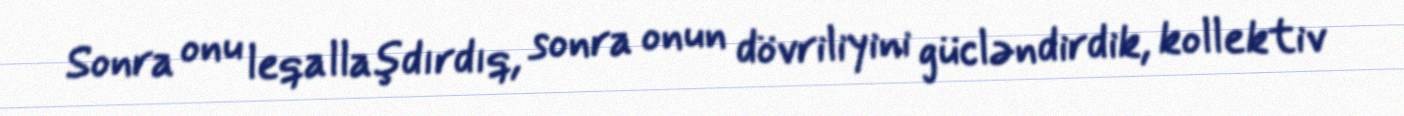
Sonra onu leqallaşdırdıq, sonra onun dövriliyini gücləndirdik, kollektiv